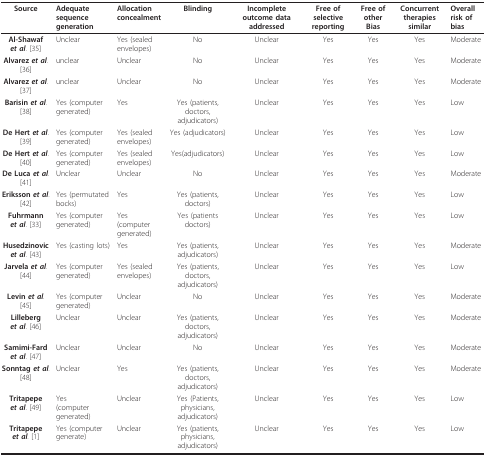
<table><thead><tr><td><b>Source</b></td><td><b>Adequate sequence generation</b></td><td><b>Allocation concealment</b></td><td><b>Blinding</b></td><td><b>Incomplete outcome data addressed</b></td><td><b>Free of selective reporting</b></td><td><b>Free of other Bias</b></td><td><b>Concurrent therapies similar</b></td><td><b>Overall risk of bias</b></td></tr></thead><tbody><tr><td><b>Al-Shawaf <i>et al</i></b>. [35]</td><td>Unclear</td><td>Yes (sealed envelopes)</td><td>No</td><td>Unclear</td><td>Yes</td><td>Yes</td><td>Yes</td><td>Moderate</td></tr><tr><td><b>Alvarez <i>et al</i></b>. [36]</td><td>unclear</td><td>Unclear</td><td>No</td><td>Unclear</td><td>Yes</td><td>Yes</td><td>Yes</td><td>Moderate</td></tr><tr><td><b>Alvarez <i>et al</i></b>. [37]</td><td>unclear</td><td>Unclear</td><td>No</td><td>Unclear</td><td>Yes</td><td>Yes</td><td>Yes</td><td>Moderate</td></tr><tr><td><b>Barisin <i>et al</i></b>. [38]</td><td>Yes (computer generated)</td><td>Yes</td><td>Yes (patients, doctors, adjudicators)</td><td>Unclear</td><td>Yes</td><td>Yes</td><td>Yes</td><td>Low</td></tr><tr><td><b>De Hert <i>et al</i></b>. [39]</td><td>Yes (computer generated)</td><td>Yes (sealed envelopes)</td><td>Yes (adjudicators)</td><td>Unclear</td><td>Yes</td><td>Yes</td><td>Yes</td><td>Low</td></tr><tr><td><b>De Hert <i>et al</i></b>. [40]</td><td>Yes (computer generated)</td><td>Yes (sealed envelopes)</td><td>Yes(adjudicators)</td><td>Unclear</td><td>Yes</td><td>Yes</td><td>Yes</td><td>Low</td></tr><tr><td><b>De Luca <i>et al</i></b>. [41]</td><td>Unclear</td><td>Unclear</td><td>No</td><td>Unclear</td><td>Yes</td><td>Yes</td><td>Yes</td><td>Moderate</td></tr><tr><td><b>Eriksson <i>et al</i></b>. [42]</td><td>Yes (permutated bocks)</td><td>Yes</td><td>Yes (patients, doctors)</td><td>Unclear</td><td>Yes</td><td>Yes</td><td>Yes</td><td>Low</td></tr><tr><td><b>Fuhrmann <i>et al</i></b>. [33]</td><td>Yes (computer generated)</td><td>Yes (computer generated)</td><td>Yes (patients doctors)</td><td>Unclear</td><td>Yes</td><td>Yes</td><td>Yes</td><td>Low</td></tr><tr><td><b>Husedzinovic <i>et al</i></b>. [43]</td><td>Yes (casting lots)</td><td>Yes</td><td>Yes (patients, adjudicators)</td><td>Unclear</td><td>Yes</td><td>Yes</td><td>Yes</td><td>Moderate</td></tr><tr><td><b>Jarvela <i>et al</i></b>. [44]</td><td>Yes (computer generated)</td><td>Yes (sealed envelopes)</td><td>Yes (patients, doctors, adjudicators)</td><td>Unclear</td><td>Yes</td><td>Yes</td><td>Yes</td><td>Low</td></tr><tr><td><b>Levin <i>et al</i></b>. [45]</td><td>Yes (computer generated)</td><td>Unclear</td><td>No</td><td>Unclear</td><td>Yes</td><td>Yes</td><td>Yes</td><td>Moderate</td></tr><tr><td><b>Lilleberg <i>et al</i></b>. [46]</td><td>Unclear</td><td>Unclear</td><td>Yes (patients, doctors, adjudicators)</td><td>Unclear</td><td>Yes</td><td>Yes</td><td>Yes</td><td>Moderate</td></tr><tr><td><b>Samimi-Fard <i>et al</i></b>. [47]</td><td>Unclear</td><td>Unclear</td><td>No</td><td>Unclear</td><td>Yes</td><td>Yes</td><td>Yes</td><td>Moderate</td></tr><tr><td><b>Sonntag <i>et al</i></b>. [48]</td><td>Unclear</td><td>Yes</td><td>Yes (patients, doctors, adjudicators)</td><td>Unclear</td><td>Yes</td><td>Yes</td><td>Yes</td><td>Moderate</td></tr><tr><td><b>Tritapepe <i>et al</i></b>. [49]</td><td>Yes(computer generated)</td><td>Unclear</td><td>Yes (Patients, physicians, adjudicators)</td><td>Unclear</td><td>Yes</td><td>Yes</td><td>Yes</td><td>Low</td></tr><tr><td><b>Tritapepe <i>et al</i></b>. [1]</td><td>Yes (computer generate)</td><td>Unclear</td><td>Yes (patients, physicians, adjudicators)</td><td>Unclear</td><td>Yes</td><td>Yes</td><td>Yes</td><td>Low</td></tr></tbody></table>